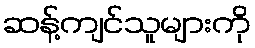
ဆန့်ကျင်သူများကို